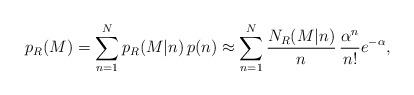
LaTeX: \begin{align*}p_{R } ( M ) & = \sum_{n=1}^{N} p_{R } (M | n ) \, p ( n ) \approx \sum_{n=1}^{N} \frac{N_{R} (M | n )}{n} \, \frac{\alpha^n}{n!}e^{-\alpha}, \end{align*}